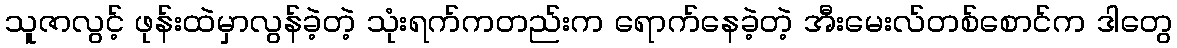
သူဇာလွင့် ဖုန်းထဲမှာလွန်ခဲ့တဲ့ သုံးရက်ကတည်းက ရောက်နေခဲ့တဲ့ အီးမေးလ်တစ်စောင်က ဒါတွေ